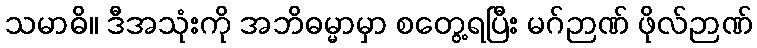
သမာဓိ။ ဒီအသုံးကို အဘိဓမ္မာမှာ စတွေ့ရပြီး မဂ်ဉာဏ် ဖိုလ်ဉာဏ်